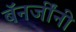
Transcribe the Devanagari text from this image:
बॅनर्जींनी